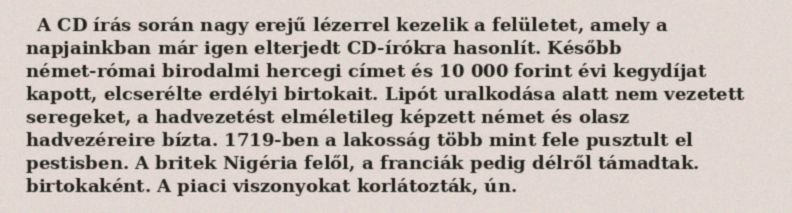
A CD írás során nagy erejű lézerrel kezelik a felületet, amely a napjainkban már igen elterjedt CD-írókra hasonlít. Később német-római birodalmi hercegi címet és 10 000 forint évi kegydíjat kapott, elcserélte erdélyi birtokait. Lipót uralkodása alatt nem vezetett seregeket, a hadvezetést elméletileg képzett német és olasz hadvezéreire bízta. 1719-ben a lakosság több mint fele pusztult el pestisben. A britek Nigéria felől, a franciák pedig délről támadtak. birtokaként. A piaci viszonyokat korlátozták, ún.